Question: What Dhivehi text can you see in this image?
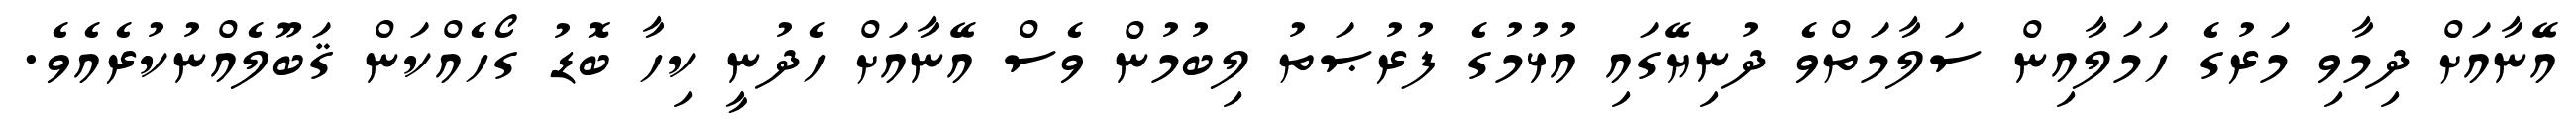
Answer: އޭނާއަށް ދިމާވި މަރުގެ ހަމަލާއިން ސަލާމަތްވެ ދުނިޔޭގައި އުޅުމުގެ ފުރުޞަތު ލިބުމުން ވެސް އޭނާއަށް ހެދުނީ ކިހާ ބޮޑު ގޯހެއްކަން ޤަބޫލެއްނުކުރެއެވެ.